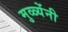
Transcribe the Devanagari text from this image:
मुळ्येंनी